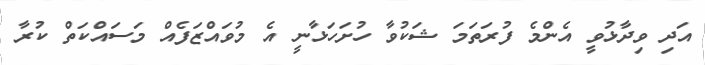
އަދި ވިދާޅުވީ އެންމެ ފުރަތަމަ ޝަކުވާ ހުށަހަޅާނީ އެ މުވައްޒަފެއް މަސައްކަތް ކުރާ